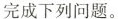
完成下列问题。